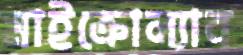
মাইক্রোল্যাব